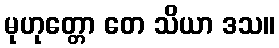
မုဟုတ္တော တေ သိယာ ဒသ။